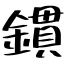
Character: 鏆